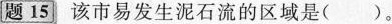
题15该市易发生泥石流的区域是（ ）